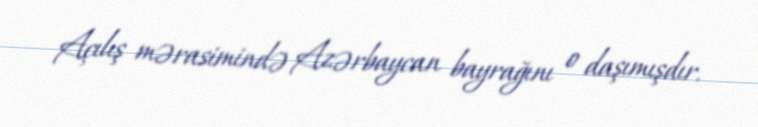
Açılış mərasimində Azərbaycan bayrağını o daşımışdır.